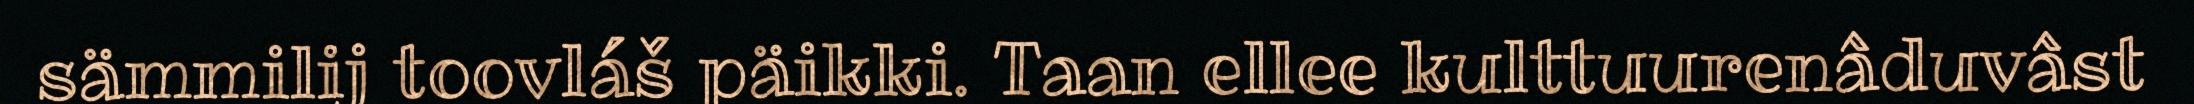
sämmilij toovláš päikki. Taan ellee kulttuurenâduvâst